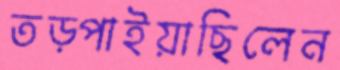
তড়্‌পাইয়াছিলেন